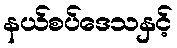
နယ်စပ်ဒေသနှင့်